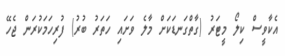
އެކާވީސް ކިލޯ މީޓަރު (ގާތްގަނޑަކަށް މާލެ ވަށައި ހަތަރު ބުރު) ފުރިހަމަކުރަން ޖެހޭ